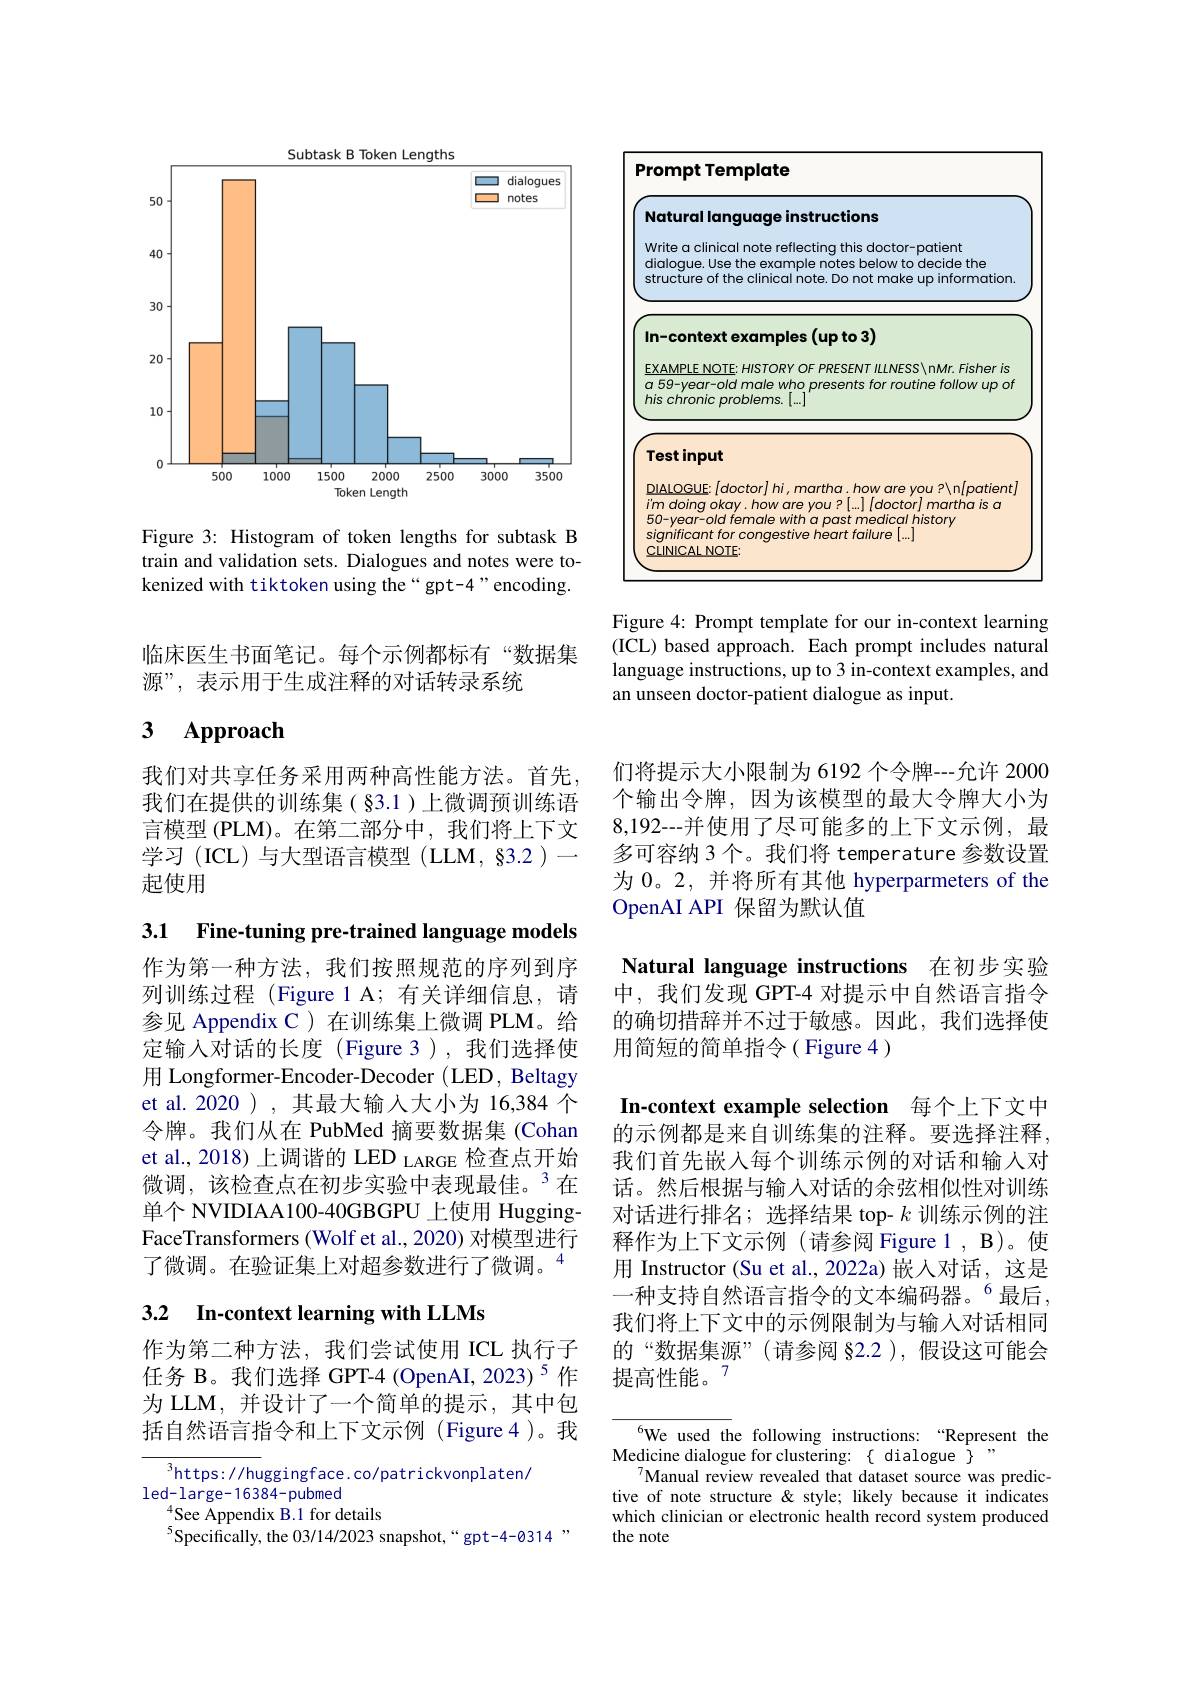
<FigureHere>

Figure 4: Prompt template for our in-context learning (ICL) based approach. Each prompt includes natural language instructions, up to 3 in-context examples, and an unseen doctor-patient dialogue as input.

临床医生书面笔记。每个示例都标有“数据集
源”, 表示用于生成注释的对话转录系统

## 3 $\mathbf{Approach}$

我们对共享任务采用两种高性能方法。首先， 我们在提供的训练集(§3.1)上微调预训练语言模型 (PLM)。在第二部分中，我们将上下文学习(ICL)与大型语言模型(LLM,83.2)一起使用

们将提示大小限制为 6192 个令牌---允许 2000个输出令牌，因为该模型的最大令牌大小为8,192---并使用了尽可能多的上下文示例，最多可容纳 3 个。我们将 temperature 参数设置为 0。2, 并将所有其他 hyperparmeters of the OpenAI API 保留为默认值

3.1 Fine-tuning pre-trained language models

Natural language instructions 在初步实验中，我们发现 GPT-4 对提示中自然语言指令的确切措辞并不过于敏感。因此，我们选择使用简短的简单指令( Figure 4 )

作为第一种方法，我们按照规范的序列到序列训练过程 (Figure 1 A; 有关详细信息，请参见 Appendix C) 在训练集上微调 PLM。给定输入对话的长度(Figure 3),我们选择使用 Longformer-Encoder-Decoder (LED, Beltagy et al. 2020 ) ,其最大输人大小为 16,384 个令牌。我们从在 PubMed 摘要数据集 (Cohan et al., 2018) 上调谐的 LED LARGE 检查点开始微调，该检查点在初步实验中表现最佳。3 在单个 NVIDIAA100-40GBGPU 上使用 HuggingFaceTransformers (Wolf et al., 2020) 对模型进行了微调。在验证集上对超参数讲行了微调。“

In-context example selection 每个上下文中的示例都是来自训练集的注释。要选择注释， 我们首先嵌入每个训练示例的对话和输人对话。然后根据与输入对话的余弦相似性对训练对话进行排名；选择结果 top- $k$训练示例的注释作为上下文示例(请参阅 Figure 1 , B)。使用 Instructor (Su et al., 2022a) 嵌人对话，这是一种支持自然语言指令的文本编码器。$^{6}$最后， 我们将上下文中的示例限制为与输人对话相同的“数据集源”(请参阅 §2.2),假设这可能会提高性能。7

## 3.2 In-context learning with LLMs

作为第二种方法，我们尝试使用 ICL 执行子任务 B。我们选择 GPT-4 (OpenAI,2023)$^5$作为 LLM, 并设计了一个简单的提示，其中包括自然语言指令和上下文示例(Figure4)。我

${^6\text{We used th}}$e following instructions:“Represent the
Medicine dialogue for clustering: { dialogue }$"
$^{7}$Manual review revealed that dataset source was predictive of note structure & style; likely because it indicates which clinician or electronic health record system produced the note

$^3$https://huggingface.co/patrickvonplaten/
led- large- 1 6 3 8 4- pubmed
$^{4}$See Appendix B.1 for details
$^{5}$Specifically, the 03/14/2023 snapshot,“gpt-4-0314”,